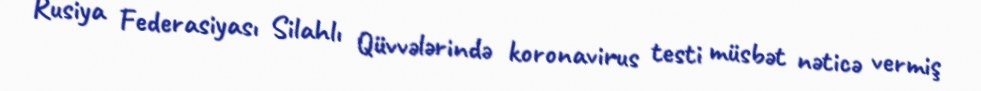
Rusiya Federasiyası Silahlı Qüvvələrində koronavirus testi müsbət nəticə vermiş